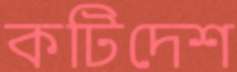
কটিদেশ